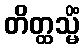
တိတ္ထသ္မိံ